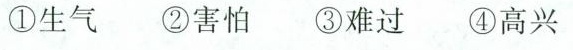
①生气 ②害怕 ③难过 ④高兴